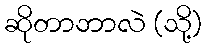
ဆိုတာဘာလဲ (သို့)